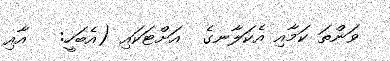
ވަންތަ ކަމާއި އެކަލާނގެ  އަށްޓަކައި (އެބަހީ:   އާއި